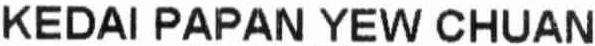
KEDAI PAPAN YEW CHUAN